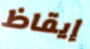
إيقاظ